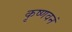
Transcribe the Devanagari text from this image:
कृष्णवनं